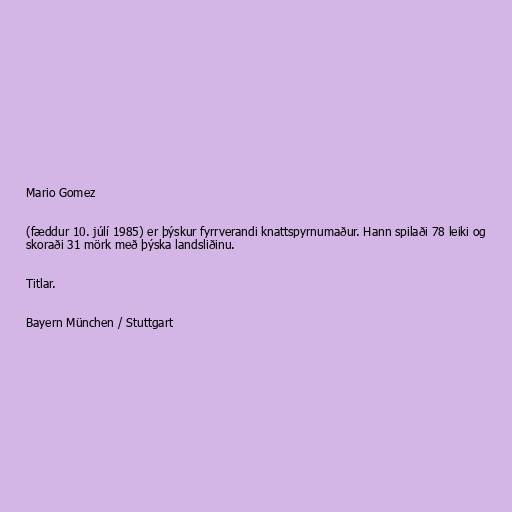
Mario Gomez

(fæddur 10. júlí 1985) er þýskur fyrrverandi knattspyrnumaður. Hann spilaði 78 leiki og
skoraði 31 mörk með þýska landsliðinu.

Titlar.

Bayern München / Stuttgart